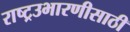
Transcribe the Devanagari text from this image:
राष्ट्रउभारणीसाठी